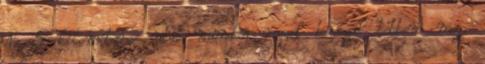
Az 5 kilométeres utat minden reggel busszal tettem meg,